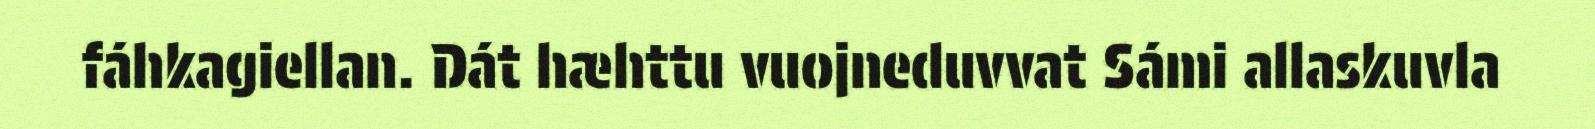
fáhkagiellan. Dát hæhttu vuojneduvvat Sámi allaskuvla